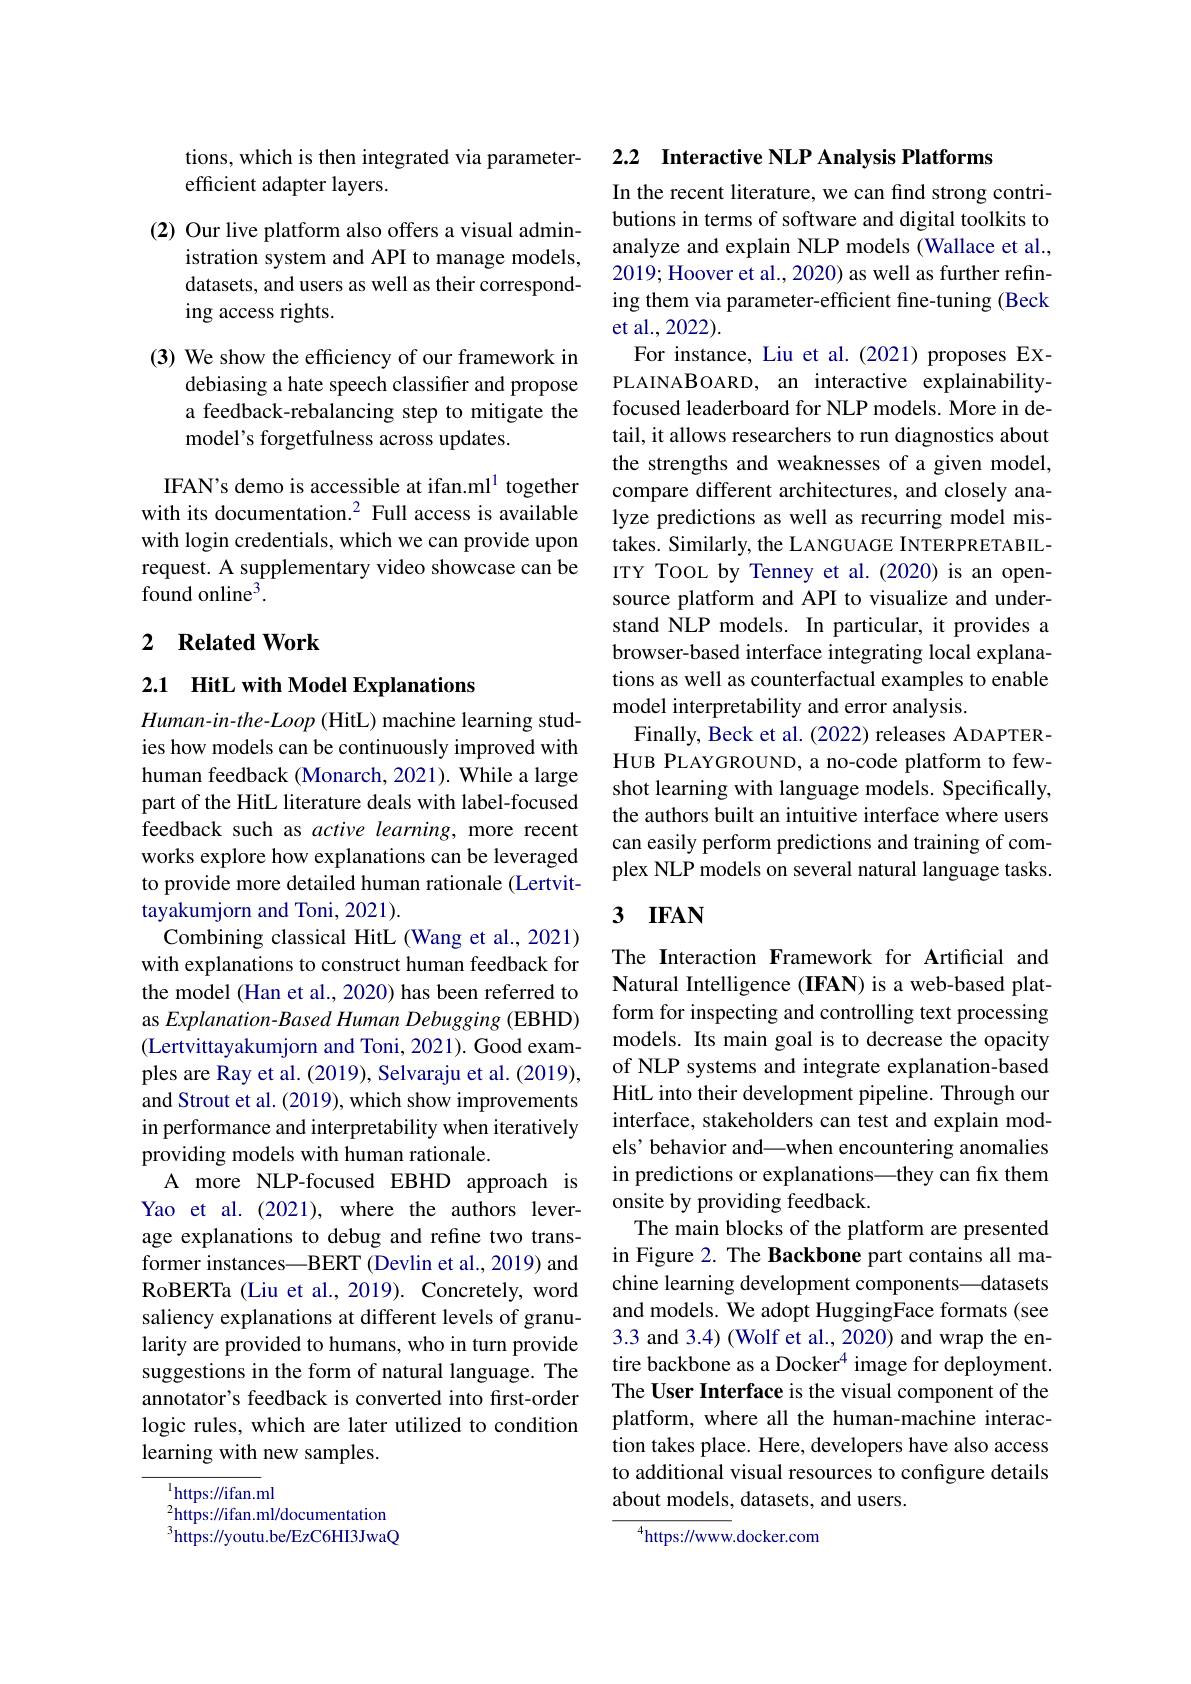
tions, which is then integrated via parameter-
efficient adapter layers.

(2) Our live platform also offers a visual admin-
istration system and API to manage models, datasets, and users as well as their corresponding access rights.

(3) We show the efficiency of our framework in
debiasing a hate speech classifier and propose a feedback-rebalancing step to mitigate the model's forgetfulness across updates.

IFAN's demo is accessible at ifan.ml$^{1}$ together with its documentation.$^2$ Full access is available with login credentials, which we can provide upon request. A supplementary video showcase can be found online$^3.$

## 2 $\textbf{Related Work}$

2.1 HitL with Model Explanations

$Human-in-the-Loop$ (HitL) machine learning studies how models can be continuously improved with human feedback (Monarch, 2021). While a large part of the HitL literature deals with label-focused feedback such as active learning, more recent works explore how explanations can be leveraged to provide more detailed human rationale (Lertvittayakumjorn and Toni, 2021).
Combining classical HitL (Wang et al., 2021) with explanations to construct human feedback for the model (Han et al., 2020) has been referred to as Explanation- Based Human Debugging (EBHD) (Lertvittayakumjorn and Toni, 2021). Good examples are Ray et al. (2019), Selvaraju et al. (2019), and Strout et al. (2019), which show improvements in performance and interpretability when iteratively providing models with human rationale.
A more NLP-focused EBHD approach is Yao et al. (2021), where the authors leverage explanations to debug and refine two transformer instances—BERT (Devlin et al., 2019) and RoBERTa (Liu et al., 2019). Concretely, word saliency explanations at different levels of granularity are provided to humans, who in turn provide suggestions in the form of natural language. The annotator's feedback is converted into first-order logic rules, which are later utilized to condition learning with new samples.
$^{1}$https://ifan.ml

$^{2}$https://ifan.ml/documentation

$^{3}$https://youtu.be/EzC6HI3JwaQ

2.2 Interactive NLP Analysis Platforms

In the recent literature, we can find strong contributions in terms of software and digital toolkits to analyze and explain NLP models (Wallace et al., 2019; Hoover et al., 2020) as well as further refining them via parameter-efficient fine-tuning (Beck et al., 2022).
For instance, Liu et al.(2021) proposes EXPLAINABOARD, an interactive explainabilityfocused leaderboard for NLP models. More in detail, it allows researchers to run diagnostics about the strengths and weaknesses of a given model, compare different architectures, and closely analyze predictions as well as recurring model mistakes. Similarly, the LANGUAGE INTERPRETABILITY TOOL by Tenney et al.(2020) is an opensource platform and API to visualize and understand NLP models. In particular, it provides a browser-based interface integrating local explanations as well as counterfactual examples to enable model interpretability and error analysis.
Finally, Beck et al. (2022) releases ADAPTERHUB PLAYGROUND, a no-code platform to fewshot learning with language models. Specifically, the authors built an intuitive interface where users can easily perform predictions and training of complex NLP models on several natural language tasks.

## 3 IFAN

The Interaction Framework for Artificial and Natural Intelligence (IFAN) is a web-based platform for inspecting and controlling text processing models. Its main goal is to decrease the opacity of NLP systems and integrate explanation-based HitL into their development pipeline. Through our interface, stakeholders can test and explain models' behavior and—when encountering anomalies in predictions or explanations—they can fix them onsite by providing feedback.
The main blocks of the platform are presented in Figure 2. The Backbone part contains all machine learning development components—datasets and models. We adopt HuggingFace formats (see 3.3 and 3.4) (Wolf et al., 2020) and wrap the entire backbone as a Docker$^{4}$ image for deployment. The User Interface is the visual component of the platform, where all the human-machine interaction takes place. Here, developers have also access to additional visual resources to configure details about models, datasets, and users.

$^{4}$https://www.docker.com